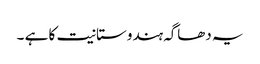
یہ دھاگہ ہندوستانیت کا ہے ۔